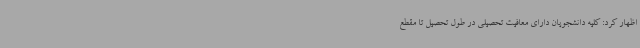
اظهار کرد: کلیه دانشجویان دارای معافیت تحصیلی در طول تحصیل تا مقطع